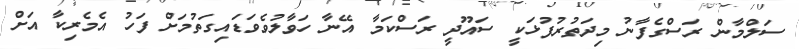
ސަލްމާން ރަސްގެފާނު މިދަތުރުފުޅަކީ ސައޫދީ ރަސްކަމާ އޭނާ ހަވާލުވެވަޑައިގަތުމަށް ފަހު އެމެރިކާ އަށް